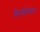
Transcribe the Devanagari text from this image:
विषलैंगिकता